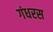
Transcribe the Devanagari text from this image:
गंधरस